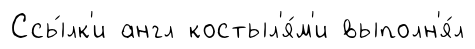
Ссы́лк'и англ костыл'я́м'и выполн'я́л